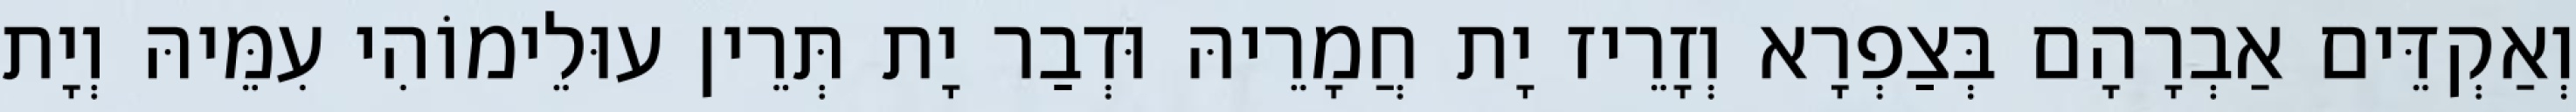
וְאַקְדֵּים אַבְרָהָם בְּצַפְרָא וְזָרֵיז יָת חֲמָרֵיהּ וּדְבַר יָת תְּרֵין עוּלֵימוֹהִי עִמֵּיהּ וְיָת